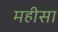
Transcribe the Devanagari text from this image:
महीसा